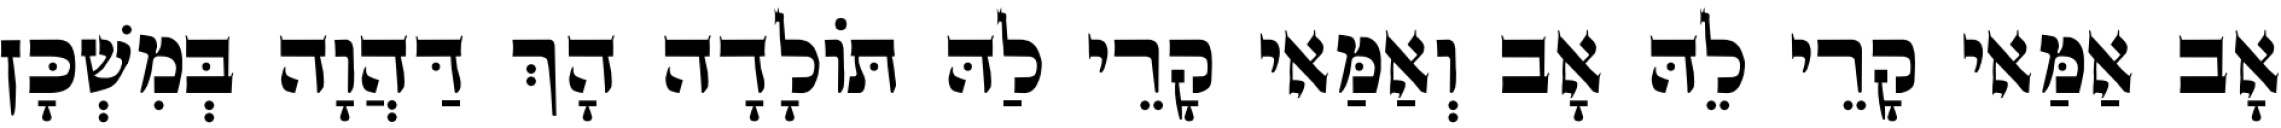
אָב אַמַּאי קָרֵי לֵהּ אָב וְאַמַּאי קָרֵי לַהּ תּוֹלָדָה הָךְ דַּהֲוָה בְּמִשְׁכָּן